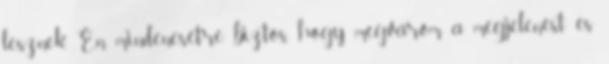
lesznek. Én mindenesetre biztos, hogy megvárom a megjelenést és